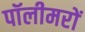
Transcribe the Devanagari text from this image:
पॉलीमरों